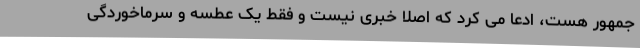
جمهور هست،‌ ادعا می کرد که اصلاً خبری نیست و فقط یک عطسه و سرماخوردگی